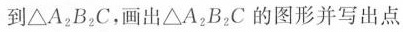
到△A^{2}B^{2}C，画出△A^{2}B^{2}C的图形并写出点